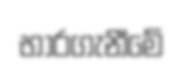
භාරගැනීමේ